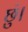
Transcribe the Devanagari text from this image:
छुं।